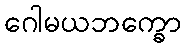
ဂေါမယဘက္ခော